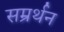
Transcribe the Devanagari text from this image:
सम्रर्थन